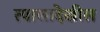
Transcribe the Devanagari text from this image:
त्यालादेखील